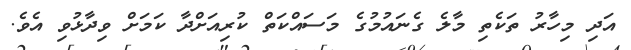
އަދި މިހާރު ތަކެތި މާލެ ގެނައުމުގެ މަސައްކަތް ކުރިއަށްދާ ކަމަށް ވިދާޅުވި އެވެ.